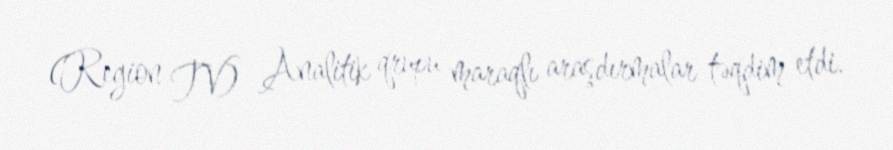
(Region TV) Analitik qrupu maraqlı araşdırmalar təqdim etdi.